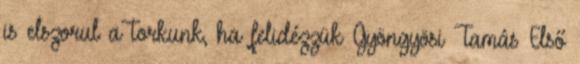
is elszorul a torkunk, ha felidézzük Gyöngyösi Tamás Első